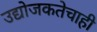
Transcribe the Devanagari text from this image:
उद्योजकतेचाही